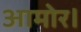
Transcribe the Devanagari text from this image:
आमोर।